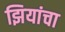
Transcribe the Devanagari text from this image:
झियांचा